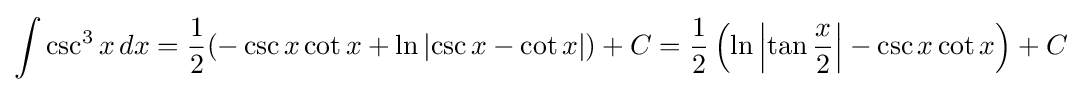
\int \csc ^{3}x\,dx={\frac {1}{2}}(-\csc x\cot x+\ln \left|\csc x-\cot x\right|)+C={\frac {1}{2}}\left(\ln \left|\tan {\frac {x}{2}}\right|-\csc x\cot x\right)+C